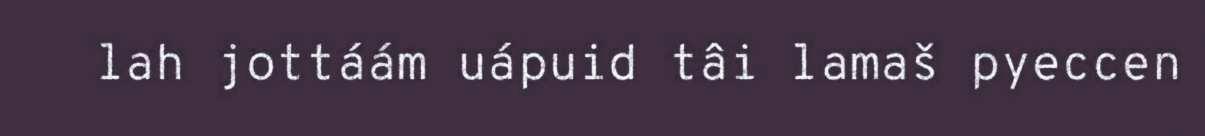
lah jottáám uápuid tâi lamaš pyeccen